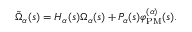
\begin{array} { r } { \tilde { \Omega } _ { \alpha } ( s ) = H _ { \alpha } ( s ) \Omega _ { \alpha } ( s ) + P _ { \alpha } ( s ) \varphi _ { \mathrm { P M } } ^ { ( \alpha ) } ( s ) . } \end{array}